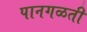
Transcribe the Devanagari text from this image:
पानगळती